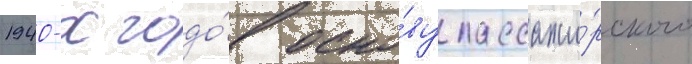
1940-х годо́в осно́ву пассажи́рского